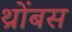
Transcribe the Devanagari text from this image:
थ्रोंबस